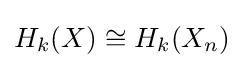
{H_{k}}(X)\cong {H_{k}}(X_{n})